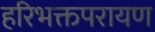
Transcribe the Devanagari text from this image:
हरिभक्तपरायण